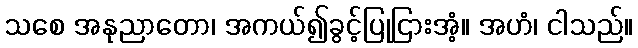
သစေ အနုညာတော၊ အကယ်၍ခွင့်ပြုငြားအံ့။ အဟံ၊ ငါသည်။